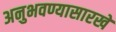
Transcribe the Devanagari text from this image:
अनुभवण्यासारखे